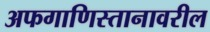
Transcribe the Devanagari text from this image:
अफगाणिस्तानावरील